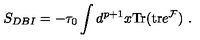
S _ { D B I } = - { \tau _ { 0 } } \int d ^ { p + 1 } x \mathrm { T r } ( \mathrm { t r } e ^ { { \cal F } } ) \ .